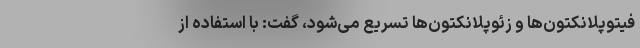
فیتوپلانکتون‌ها و زئوپلانکتون‌ها تسریع می‌شود، گفت: با استفاده از